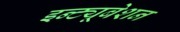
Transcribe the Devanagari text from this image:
इन्ट्यूबेशन